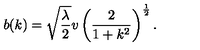
b ( k ) = \sqrt { \frac { \lambda } { 2 } } v \left( \frac { 2 } { 1 + k ^ { 2 } } \right) ^ { \frac { 1 } { 2 } } .